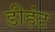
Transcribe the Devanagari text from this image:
डीहंट